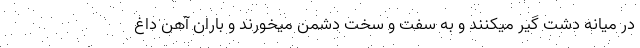
در میانه دشت گیر میکنند و به سفت و سخت دشمن میخورند و باران آهن داغ